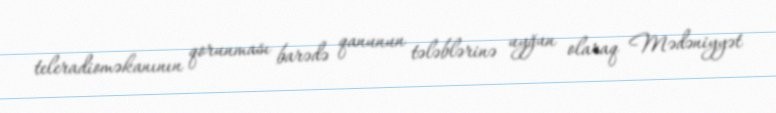
teleradioməkanının qorunması barədə qanunun tələblərinə uyğun olaraq Mədəniyyət